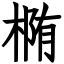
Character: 椭